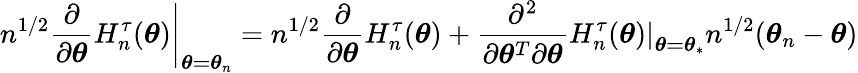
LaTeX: n^{1/2}\left.\frac{\partial}{\partial\boldsymbol{\theta}}H_{n}^{\tau}(\boldsymbol{\theta})\right\vert_{\boldsymbol{\theta=\theta}_{n}}=n^{1/2}\frac{\partial}{\partial\boldsymbol{\theta}}H_{n}^{\tau}(\boldsymbol{\theta})+\frac{\partial^{2}}{\partial\boldsymbol{\theta}^{T}\partial\boldsymbol{\theta}}\left.H_{n}^{\tau}(\boldsymbol{\theta})\right\vert_{\boldsymbol{\theta=\theta}_{\ast}}n^{1/2}(\boldsymbol{\theta}_{n}-\boldsymbol{\theta})